Leaving Certificate Examination, 1910
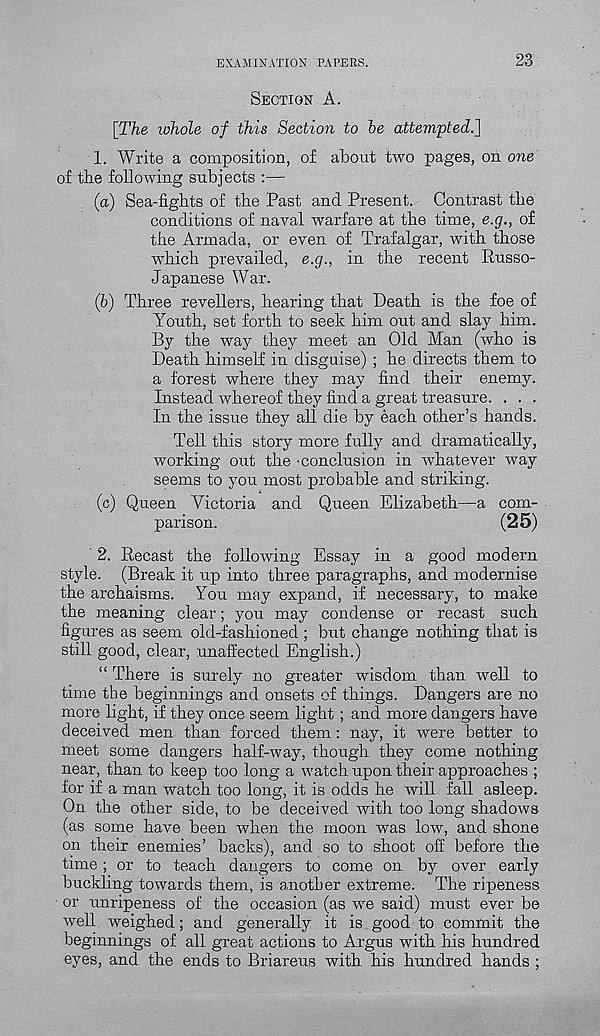
EXAMINATION PAPERS.
23
SECTION A.
[The whole of this Section to he attempted.]
1. Write a composition, of about two pages, on one
of the following subjects :—
(а) Sea-fights of the Past and Present. Contrast the
conditions of naval warfare at the time, e.g., of
the Armada, or even of Trafalgar, with those
which prevailed, e.g., in the recent Russo-
Japanese War.
(б) Three revellers, hearing that Death is the foe of
Youth, set forth to seek him out and slay him.
By the way they meet an Old Man (who is
Death himself in disguise) ; he directs them to
a forest where they may find their enemy.
Instead whereof they find a great treasure. . . .
In the issue they all die by each other’s hands.
Tell this story more fully and dramatically,
working out the 'conclusion in whatever way
seems to you most probable and striking.
(c) Queen Victoria and Queen Elizabeth—a com-
parison.
(25)
' 2. Recast the following Essay in a good modern
style. (Break it up into three paragraphs, and modernise
the archaisms. You may expand, if necessary, to make
the meaning clear; you may condense or recast such
figures as seem old-fashioned ; but change nothing that is
still good, clear, unaffected English.)
“ There is surely no greater wisdom than well to
time the beginnings and onsets of things. Dangers are no
more light, if they once seem light ; and more dangers have
deceived men than forced them: nay, it were better to
meet some dangers half-way, though they come nothing
near, than to keep too long a watch upon their approaches ;
for if a man watch too long, it is odds he will fall asleep.
On the other side, to be deceived with too long shadows
(as some have been when the moon was low, and shone
on their enemies’ backs), and so to shoot off before the
time; or to teach dangers to come on by over early
buckling towards them, is another extreme. The ripeness
or unripeness of the occasion (as we said) must ever be
well weighed; and generally it is good to commit the
beginnings of all great actions to Argus with his hundred
eyes, and the ends to Briareus with his hundred hands ;